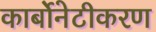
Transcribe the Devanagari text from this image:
कार्बोनेटीकरण